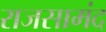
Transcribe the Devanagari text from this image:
राजसामंद